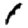
Digit: 1